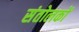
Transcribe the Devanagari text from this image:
संतोलकों